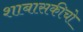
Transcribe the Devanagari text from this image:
शाबासकीचो